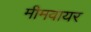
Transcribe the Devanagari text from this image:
मीमवायर